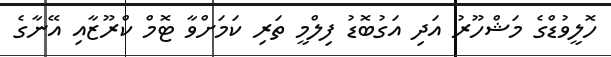
ހޮލީވުޑްގެ މަޝްހޫރު އަދި އަގުބޮޑު ފިލްމީ ތަރި ކަމަށްވާ ޓޮމް ކްރޫޒާއި އޭނާގެ